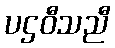
ပဌဝီသညီ